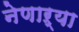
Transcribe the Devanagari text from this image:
नेणाऱ्या